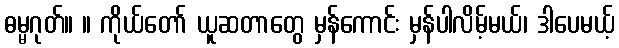
ဓမ္မဂုတ်။ ။ ကိုယ်တော် ယူဆတာတွေ မှန်ကောင်း မှန်ပါလိမ့်မယ်၊ ဒါပေမယ့်